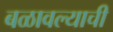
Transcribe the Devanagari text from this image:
बळावल्याची